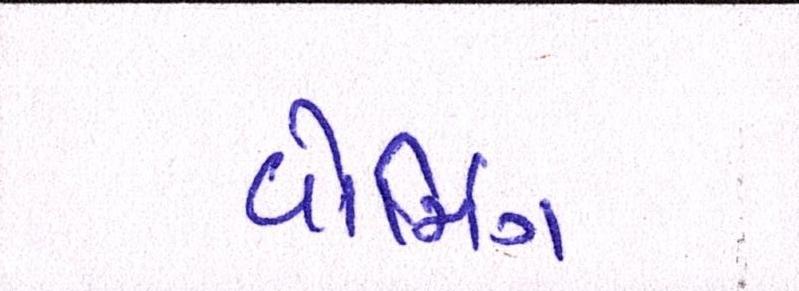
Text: વોર્મિંગ